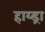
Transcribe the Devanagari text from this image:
हाय्ड्रा